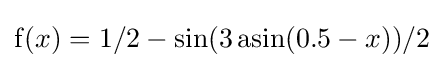
\operatorname {f} (x)=1/2-\sin(3\operatorname {asin} (0.5-x))/2